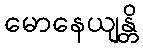
မောနေယျန္တိ